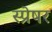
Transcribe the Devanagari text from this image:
स्प्रेषर